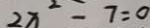
2 x ^ { 2 } = 7 = 0